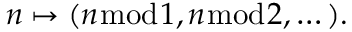
n \mapsto ( n { \bmod { 1 } } , n { \bmod { 2 } } , \dots ) .